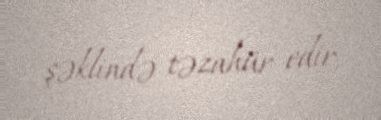
şəklində təzahür edir.